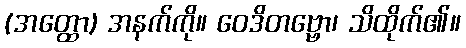
(အတ္ထော) အနက်ကို။ ဝေဒိတဗ္ဗော၊ သိထိုက်၏။